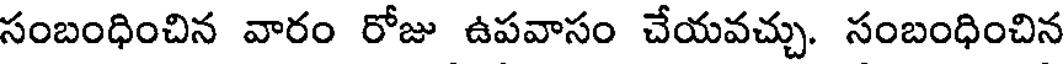
సంబంధించిన వారం రోజు ఉపవాసం చేయవచ్చు. సంబంధించిన